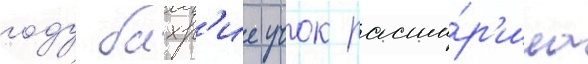
году бахр'ие учок расши́р'ила